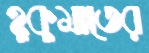
হুকুমাতের